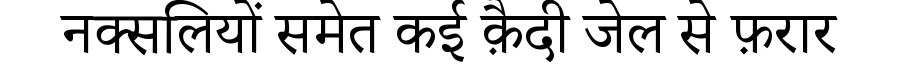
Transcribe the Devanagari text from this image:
नक्सलियों समेत कई क़ैदी जेल से फ़रार